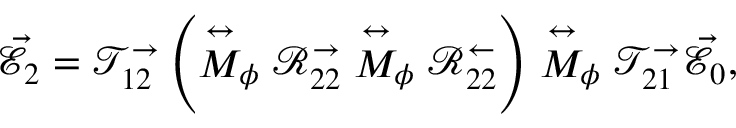
\vec { \mathcal { E } } _ { 2 } = \mathcal { T } _ { 1 2 } ^ { \rightarrow } \left( \stackrel { \leftrightarrow } { M } _ { \phi } \mathcal { R } _ { 2 2 } ^ { \rightarrow } \stackrel { \leftrightarrow } { M } _ { \phi } \mathcal { R } _ { 2 2 } ^ { \leftarrow } \right) \stackrel { \leftrightarrow } { M } _ { \phi } \mathcal { T } _ { 2 1 } ^ { \rightarrow } \vec { \mathcal { E } } _ { 0 } ,